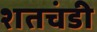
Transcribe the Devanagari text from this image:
शतचंडी